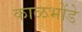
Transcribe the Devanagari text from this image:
काळभोंडे